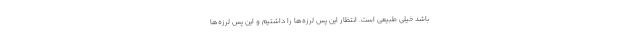
باشد خیلی طبیعی است. انتظار این پس لرزه‌ها را داشتیم و این پس لرزه‌ها